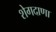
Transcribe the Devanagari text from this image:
शेगदाणा